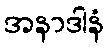
အနာဒါနံ